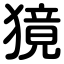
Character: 獍